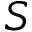
S